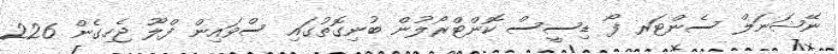
ނޭޝަނަލް ސެންޓަރ ފޯ ޑިސީސް ކޮންޓްރޯލުން ބުނިގޮތުގައި ސްވައިން ފްލޫ ޖެހިގެން 226